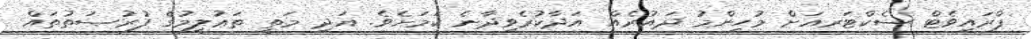
ޕްރައިވެޓް ސެކްޓަރއަށް މުހިންމު ދައުރެއް އަދާކުރެވިދާނެ ކަމަށެވެ. އަދި މަތީ ތަޢުލީމުގެ ފުރުޞަތުތައް